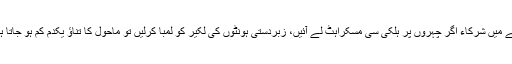
ایسے میں شرکاء اگر چہروں پر ہلکی سی مسکراہٹ لے آئیں، زبردستی ہونٹوں کی لکیر کو لمبا کرلیں تو ماحول کا تناؤ یکدم کم ہو جاتا ہے ۔